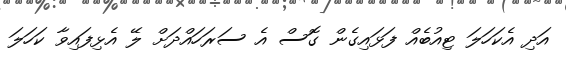
އަދި އެކަހަލަ ޓިއުބެއް ފަޅައިގެން ގޮސް އެ ސަރަހައްދަށް ލޭ އެޅިފައިވާ ކަހަލަ